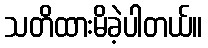
သတိထားမိခဲ့ပါတယ်။